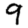
Digit: 9